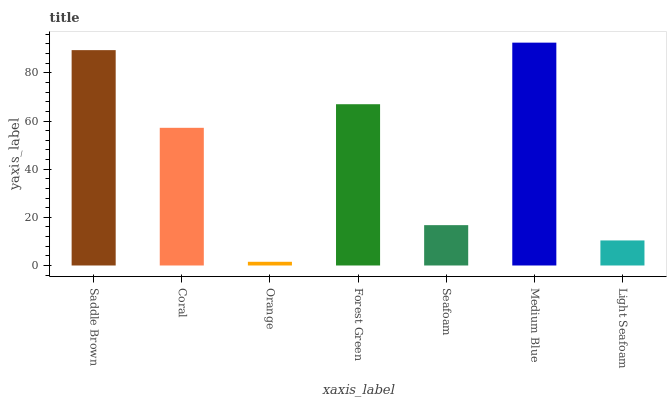
| xaxis_label | bars |
 | --- | --- |
 | Saddle Brown | 89.5 |
 | Coral | 57.2 |
 | Orange | 1.54 |
 | Forest Green | 67 |
 | Seafoam | 16.8 |
 | Medium Blue | 92.6 |
 | Light Seafoam | 10.4 |